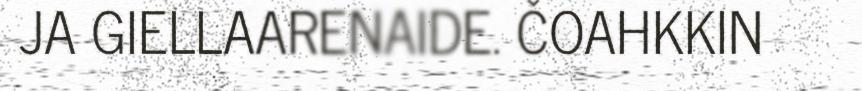
JA GIELLAARENAIDE. ČOAHKKIN